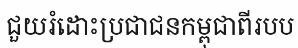
ជួយរំដោះប្រជាជនកម្ពុជាពីរបប